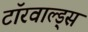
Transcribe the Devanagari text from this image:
टॉरवाल्ड्स